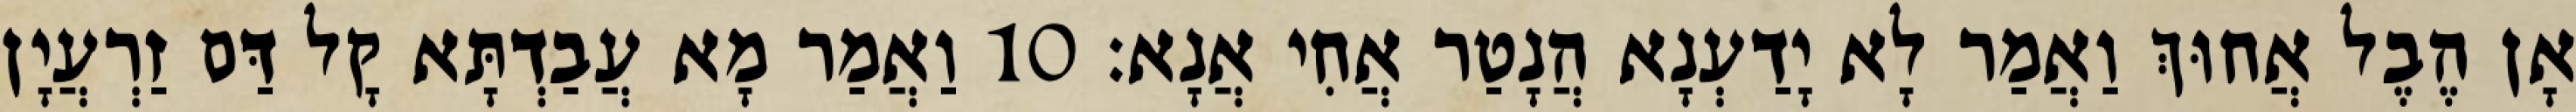
אָן הֶבֶל אֲחוּךְ וַאֲמַר לָא יָדַעְנָא הֲנָטַר אֲחִי אֲנָא׃ 10 וַאֲמַר מָא עֲבַדְתָּא קָל דַּם זַרְעֲיָן